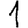
Digit: 1